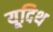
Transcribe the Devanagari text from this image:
यूदिथ